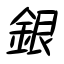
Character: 銀